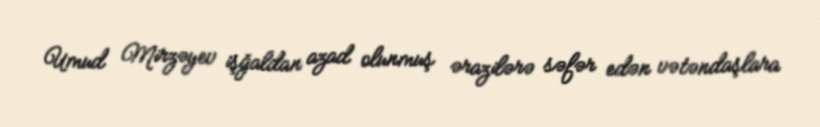
Umud Mirzəyev işğaldan azad olunmuş ərazilərə səfər edən vətəndaşlara